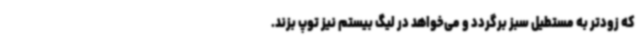
که زودتر به مستطیل سبز برگردد و می‌خواهد در لیگ بیستم نیز توپ بزند.